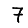
Digit: 7